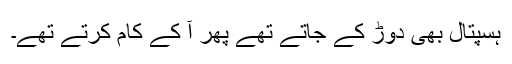
ہسپتال بھی دوڑ کے جاتے تھے پھر آ کے کام کرتے تھے۔